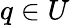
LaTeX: q\in U